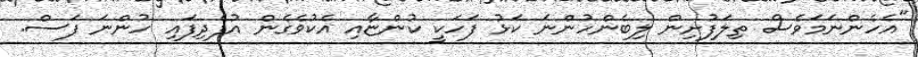
"އެހެންނަމަވެސް ތިލަފުށިން ލިބެންހުންނަ ކަޅު ފަހަކީ ކުންޏާއި އެކުވެގެން އުފެދިފައި ހުންނަ ފަސް.